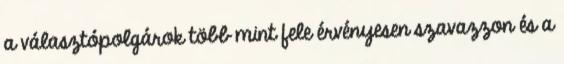
a választópolgárok több mint fele érvényesen szavazzon és a